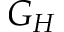
G _ { H }